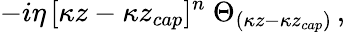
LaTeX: -i\eta\, [\kappa z-\kappa z_{cap}]^{n}~\Theta_{(\kappa z-\kappa z_{cap})}\, ,